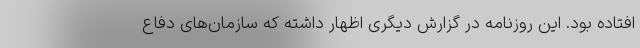
افتاده بود. این روزنامه در گزارش دیگری اظهار داشته که سازمان‌های دفاع